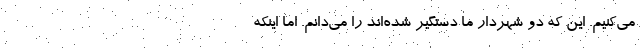
می‌کنیم. این که دو شهردار ما دستگیر شده‌اند را می‌دانم. اما اینکه